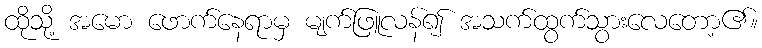
ထိုသို့ အမော ဖောက်နေရာမှ မျက်ဖြူလန်၍ အသက်ထွက်သွားလေတော့၏။